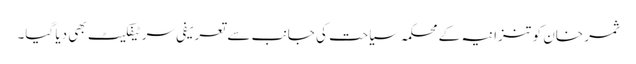
ثمر خان کو تنزانیہ کے محکمہ سیاحت کی جانب سے تعریفی سرٹیفکیٹ بھی دیا گیا۔